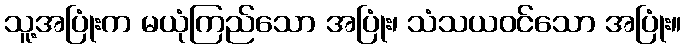
သူ့အပြုံးက မယုံကြည်သော အပြုံး၊ သံသယဝင်သော အပြုံး။